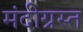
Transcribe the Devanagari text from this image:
मंदीग्रस्त